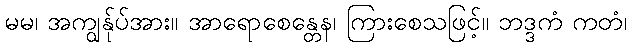
မမ၊ အကျွန်ုပ်အား။ အာရောစေန္တေန၊ ကြားစေသဖြင့်။ ဘဒ္ဒကံ ကတံ၊